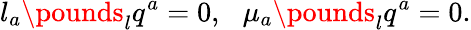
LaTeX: l_{a}\pounds_{l}q^{a}=0,\, \, \, \, \mu_{a}\pounds_{l}q^{a}=0.